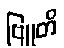
ဗြူတိ